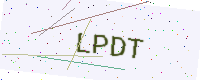
Text: LPDT